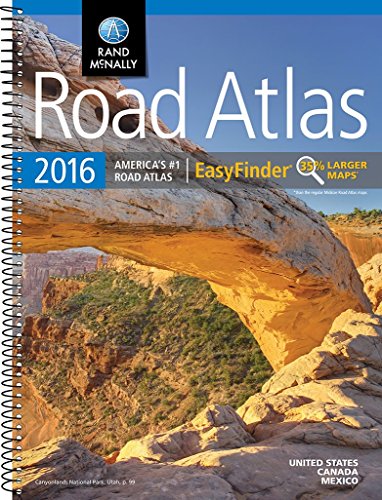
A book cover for Rand McNally 2016 EasyFinderÂ® Midsize Road Atlas (Rand Mcnally Road Atlas Midsize Easy to Read); Rand McNally; Reference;